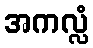
အကလ္လံ